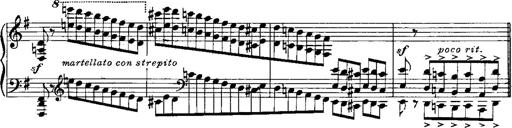
Title: RÃ©miniscences de Norma de Bellini
Composer: Franz Liszt